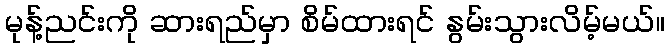
မုန့်ညင်းကို ဆားရည်မှာ စိမ်ထားရင် နွမ်းသွားလိမ့်မယ်။